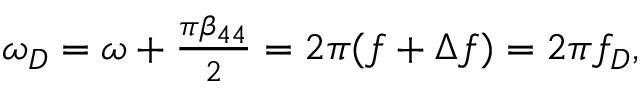
\begin{array} { r } { \omega _ { D } = \omega + \frac { \pi \beta _ { 4 4 } } { 2 } = 2 \pi ( f + \Delta f ) = 2 \pi f _ { D } , } \end{array}